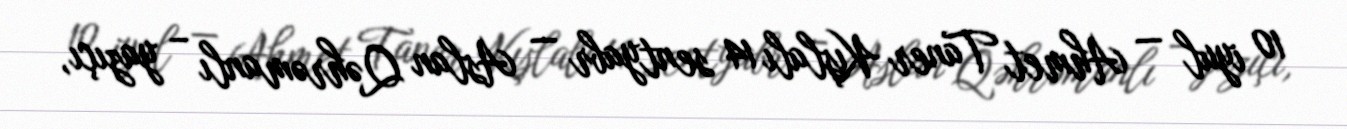
10 iyul — Ahmet Taner Kışlalı 14 sentyabr — Aslan Qəhrəmanlı – yazıçı,